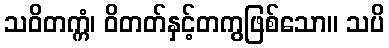
သဝိတက္ကံ၊ ဝိတတ်နှင့်တကွဖြစ်သော။ သပိ